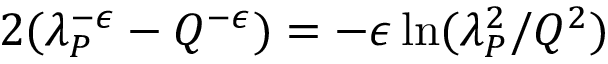
2 ( \lambda _ { P } ^ { - \epsilon } - Q ^ { - \epsilon } ) = - \epsilon \ln ( \lambda _ { P } ^ { 2 } / Q ^ { 2 } )